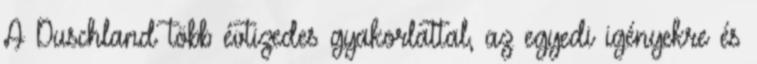
A Duschland több évtizedes gyakorlattal, az egyedi igényekre és